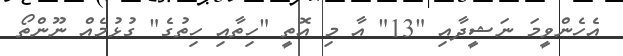
އެހެންވީމަ ނަޝީދާއި "13" އާ މި އޮތީ "ހިތާއި ހިތުގެ" ގުޅުމެއް ނޫންތޯ